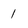
Character: 1